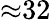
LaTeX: {\approx}32